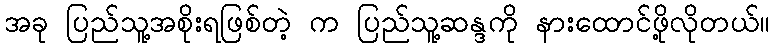
အခု ပြည်သူ့အစိုးရဖြစ်တဲ့ က ပြည်သူ့ဆန္ဒကို နားထောင်ဖို့လိုတယ်။